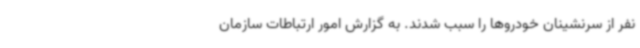
نفر از سرنشینان خودروها را سبب شدند. به گزارش امور ارتباطات سازمان